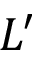
L ^ { \prime }